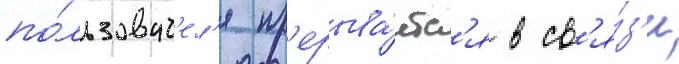
по́льзоват'ел'я пр'ерыва́етс'я в св'я́з'и